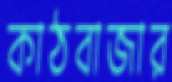
কাঠবাজার